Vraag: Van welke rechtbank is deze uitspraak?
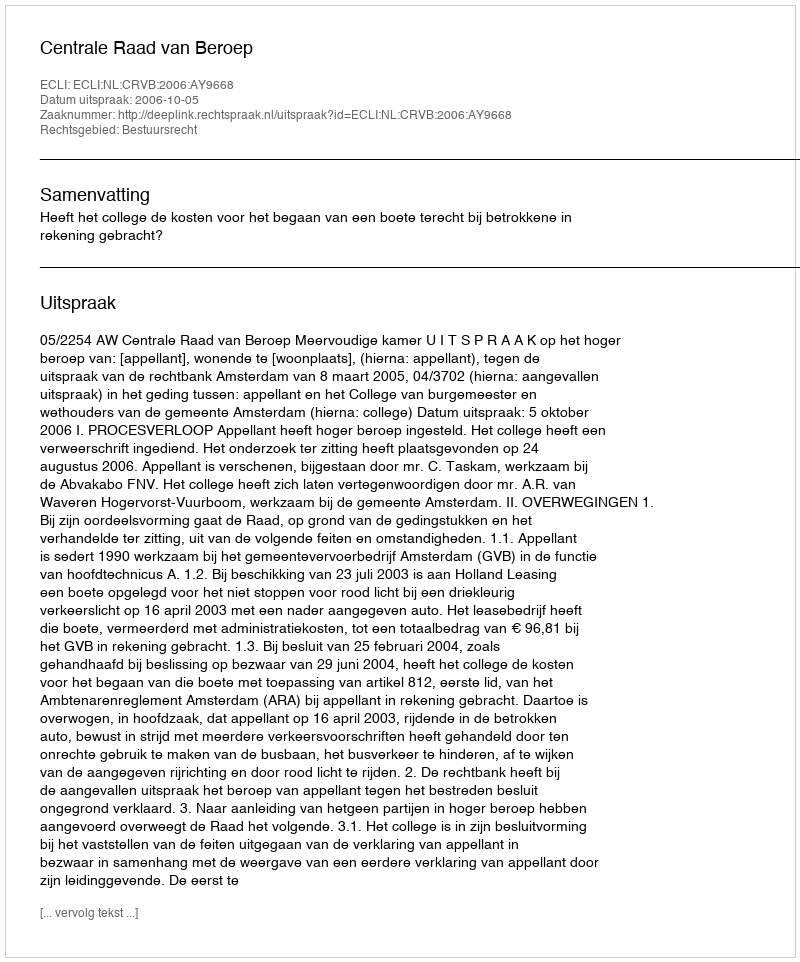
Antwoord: Centrale Raad van Beroep